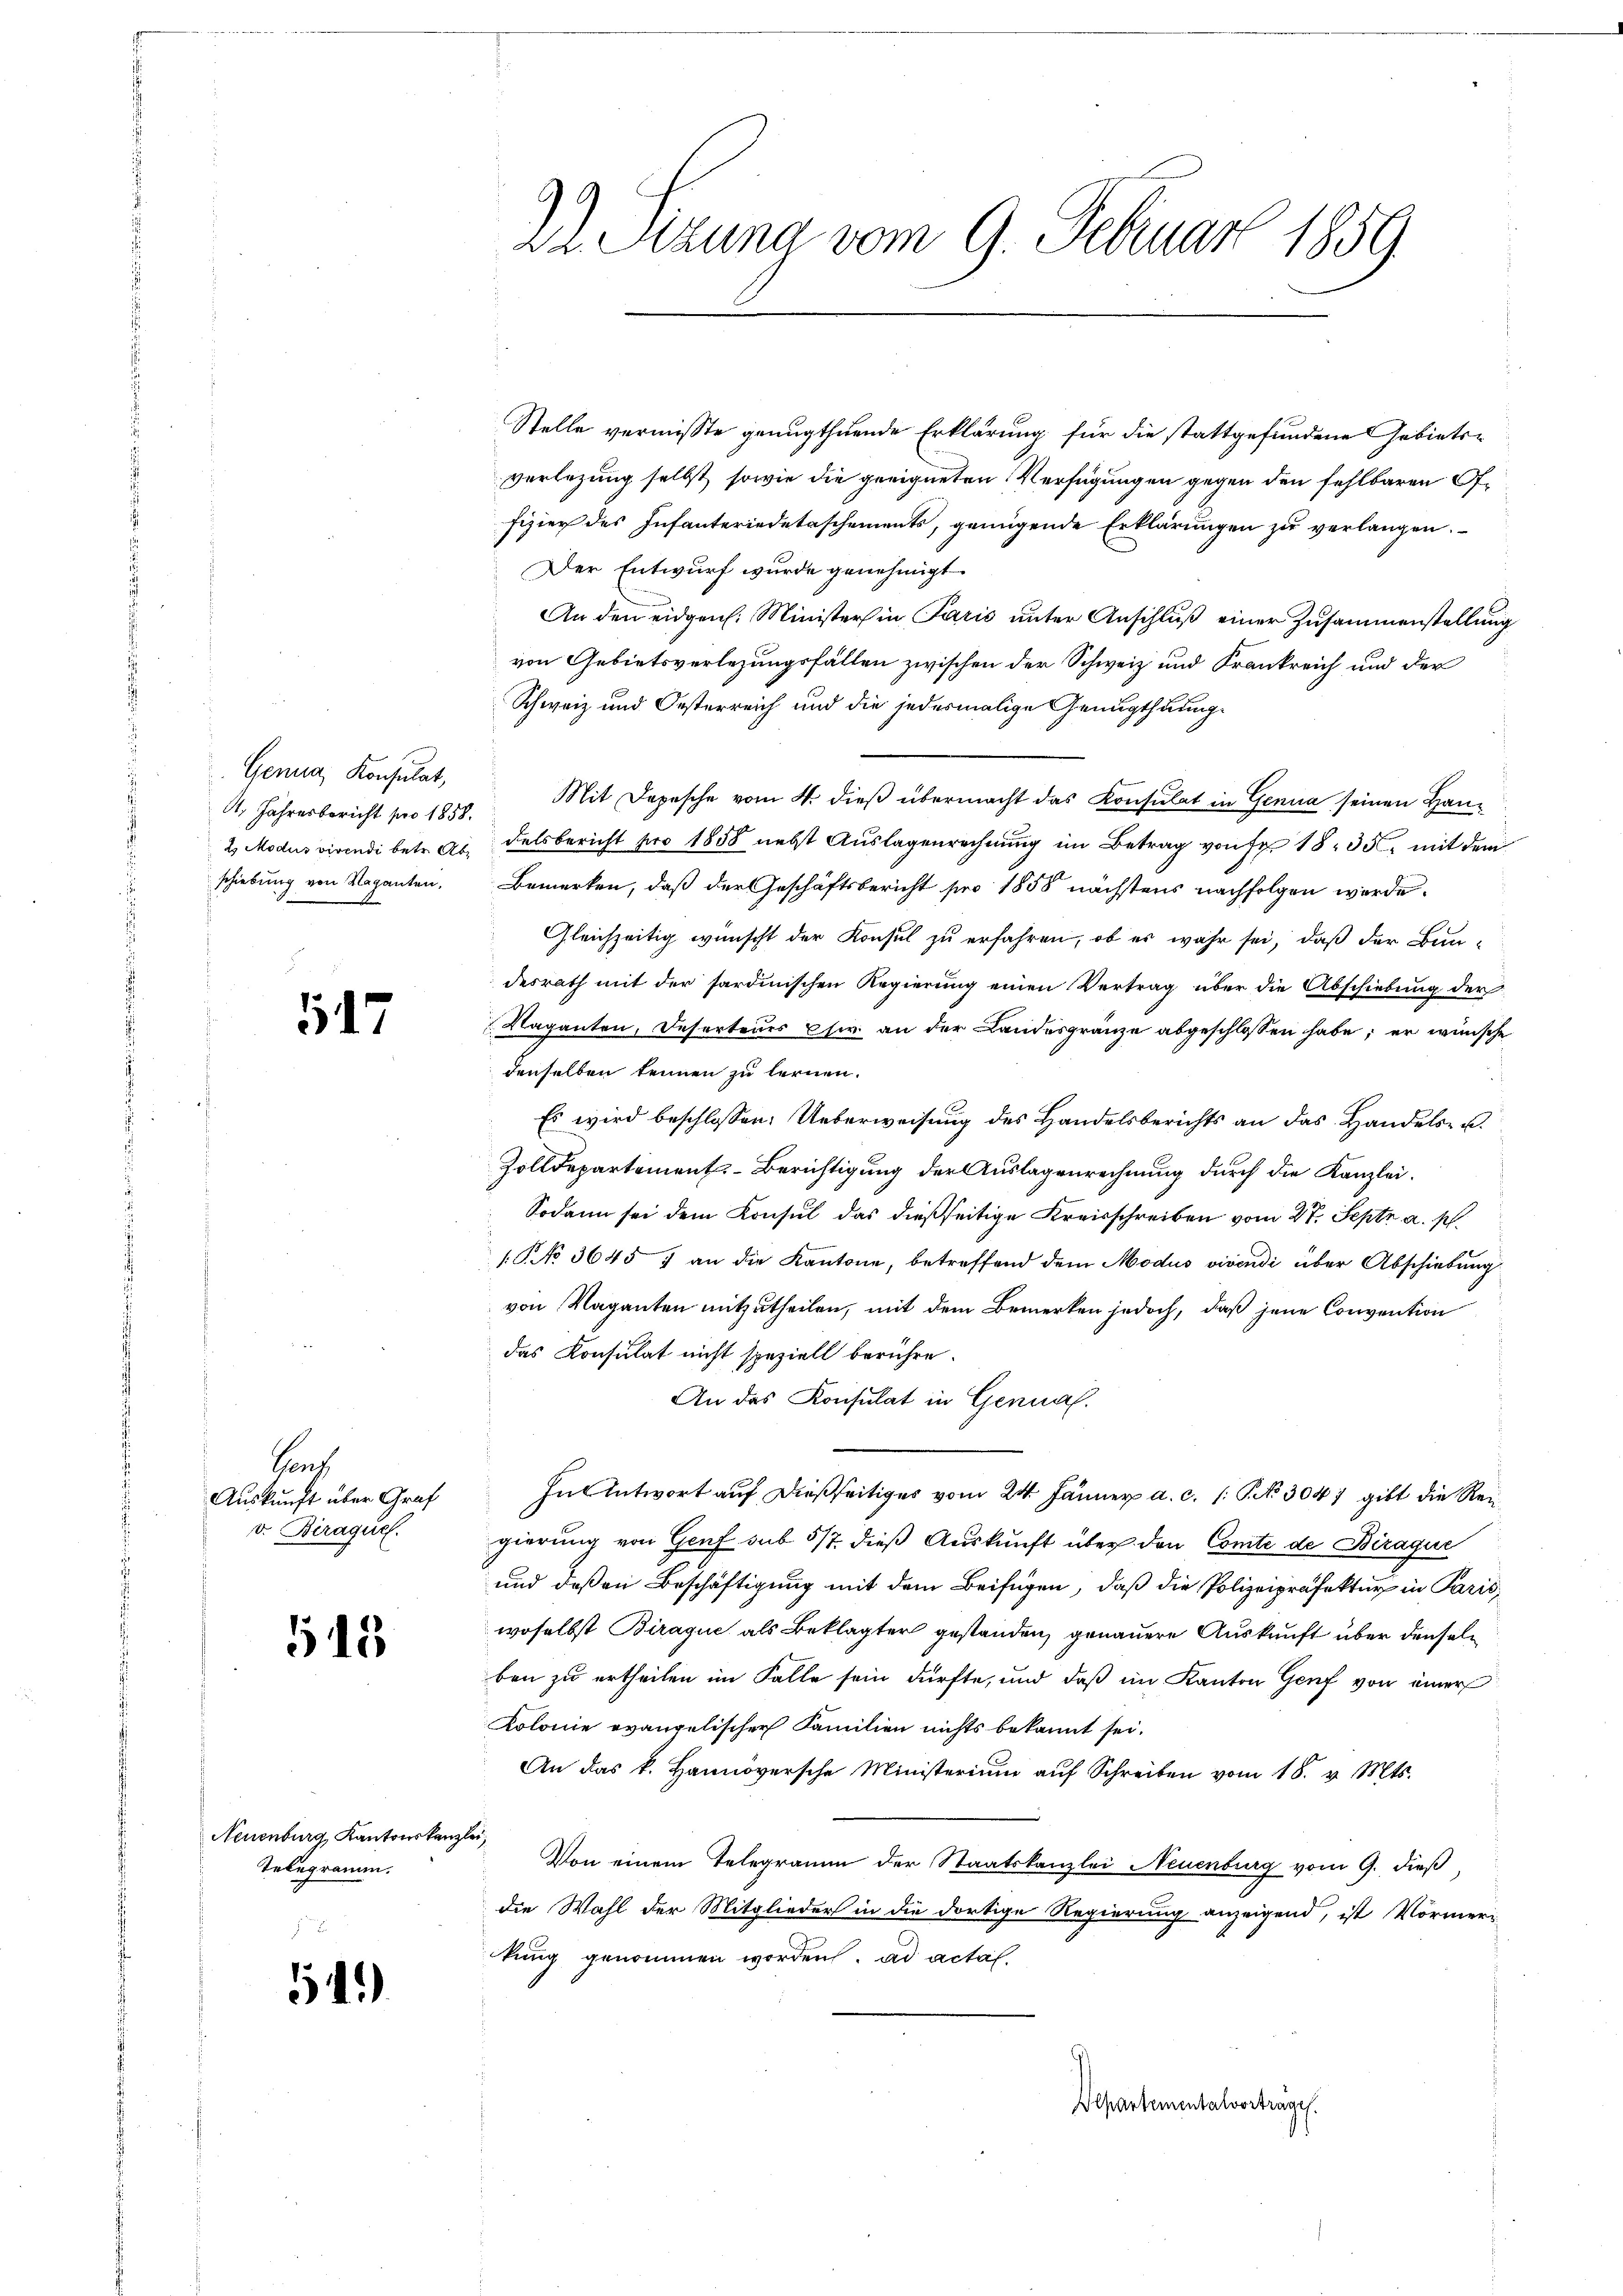
Genua, Konsulat,
, Jahresbericht pro 1858.
2 Modus vivendi betr. Abschiebung von Vaganten,

117

Bauf
Auskunft über Graf
v. Beraque.

515

Neuenburg, Kantonskanzl
Telegramm.

54.)

dr. Stzung vom 9. Februar 1859

Stelle vermißte genugthuende Erklärung für die stattgefundene Gebieten
verlegung selbst sowie die geeigneten Verfügungen gegen den fehlbaren Offizier des Infanteriedetaschements, genügende Erklärungen zu verlangen.
Der Entwurf wurde genehmigt.
An den eidgen. Ministers in Paris ŭnter Anschlŭβ einer Zusammenstellung
von Gebietsverlegungsfällen zwischen der Schweiz und Frankreich und der
Schweiz und Oesterreich und die jedesmalige Genugthuung
Mit Depesche vom 4. dieß übermacht das Konsulat in Genua seinen Handelsbericht pro 1858 nebst Auslagenrechnung im Betrag von Fr. 1835. mit dem
Bemerken, daß der Geschäftsbericht pro 1858 nächstens nachfolgen werde.
Gleichzeitig wünscht der Konsul zu erfahren, ob es wahr sei, daß der Bun-
desrath mit der sardinischen Regierung einen Vertrag über die Abschiebung der
7 Naganten, Deserteurs w. an der Landesgränze abgeschlossen habe; er wünsche
denselben kennen zu lernen.
Es wird beschlossen: Ueberweisung des Handelsberichts an das Handels- u.
Zolldepartement. - Berichtigung der Auslagenrechnung durch die Kanzlei.
Sodann sei dem Konsul das dießseitige Kreisschreiben vom 27. Sept. a. p.
/ NNo. 3645 f an die Kantone, betreffend dem Modus vivendi über Abschiebung
von Vaganten mitzutheilen, mit dem Bemerken jedoch, daß jene Convention
das Konsulat nicht speziell berühre.
An das Konsulat in Genual.
In Antwort auf dießseitiges vom 24. Jänner a. c. (: P. No 3047 gibt die Reigierung von Genf sub 517 dieß Auskunft über den Comte de Biraque
und deßen Beschäftigung mit dem Beifügen, daß die Polizeipräfektur in Paris,
woselbst Biraque als Beklagter gestanden, genauere Auskunft über denselben zu ertheilen im Falle sein dürfte, und daß im Kanton Genf von einer
Kolonie evangelischer Familien nichts bekannt sei.
An das k. Hannoversche Ministerium auf Schreiben vom 18. v. Mts.
 Von einem Telegramm der Staatskanzlei Neuenburg vom 9. dieß,
die Wahl der Mitglieder in die dortige Regierung anzeigend, ist Vormeri
ckung genommen worden. ad actal.

Departementalvortrages.